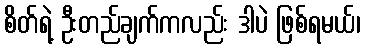
စိတ်ရဲ့ ဦးတည်ချက်ကလည်း ဒါပဲ ဖြစ်ရမယ်၊